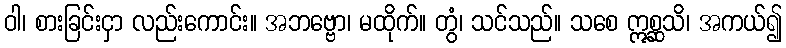
ဝါ၊ စားခြင်းငှာ လည်းကောင်း။ အဘဗ္ဗော၊ မထိုက်။ တွံ၊ သင်သည်။ သစေ ဣစ္ဆသိ၊ အကယ်၍